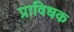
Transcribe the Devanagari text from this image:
प्राविधक